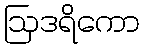
ဩဒရိကော